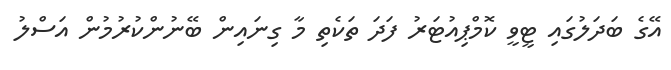
އޭގެ ބަދަލުގައި ޓީވީ ކޮމްޕިއުޓަރު ފަދަ ތަކެތި މާ ގިނައިން ބޭނުންކުރުމުން އަސްލު